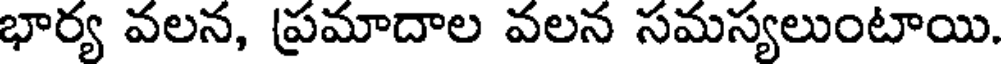
భార్య వలన, ప్రమాదాల వలన సమస్యలుంటాయి.